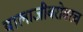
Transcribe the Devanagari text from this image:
बालाजीबरोबरच